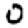
Digit: 0